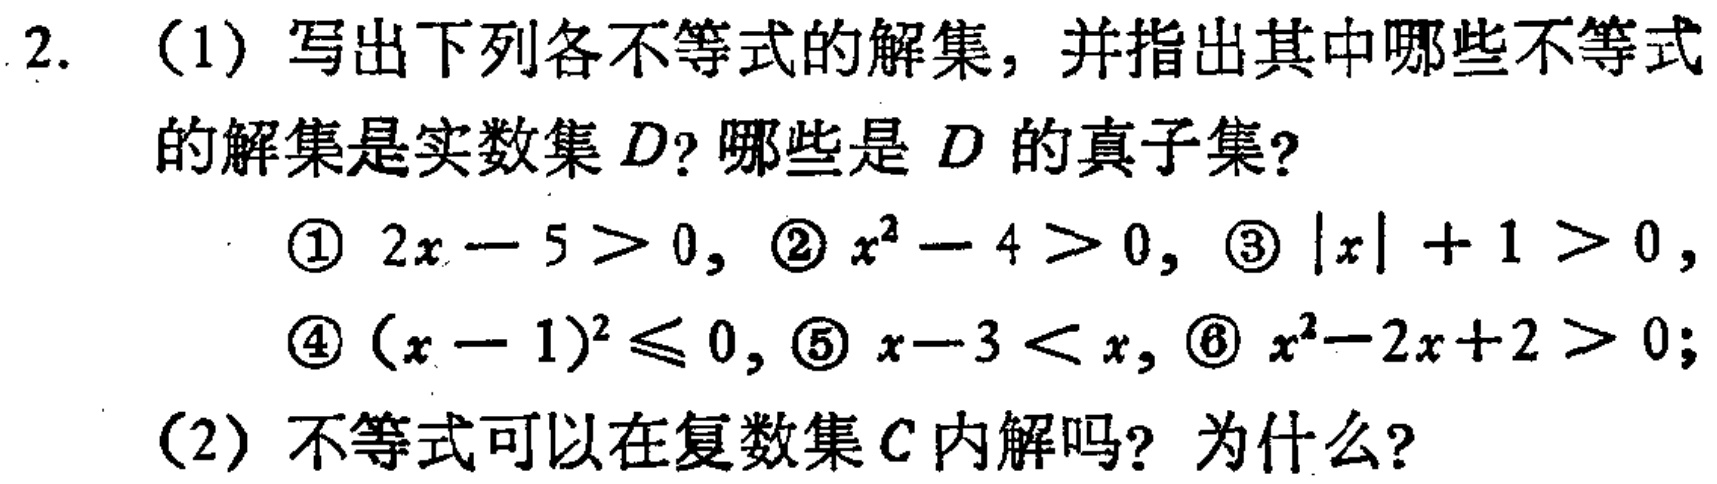
2. （1）写出下列各不等式的解集，并指出其中哪些不等式的解集是实数集\(D\)？哪些是\(D\)的真子集？
   \textcircled{1} \(2x - 5 > 0\)，\textcircled{2} \(x^{2}-4 > 0\)，\textcircled{3} \(|x| + 1 > 0\)，
   \textcircled{4} \((x - 1)^{2}\leq0\)，\textcircled{5} \(x - 3 < x\)，\textcircled{6} \(x^{2}-2x + 2 > 0\)；
（2）不等式可以在复数集\(C\)内解吗？为什么？